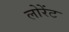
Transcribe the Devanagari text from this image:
लोरेंट